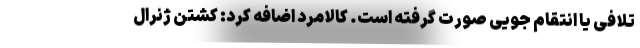
تلافی یا انتقام جویی صورت گرفته است. کالامرد اضافه کرد: کشتن ژنرال